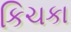
કિચકા